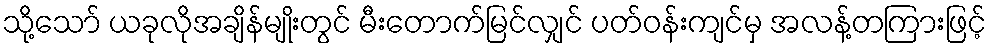
သို့သော် ယခုလိုအချိန်မျိုးတွင် မီးတောက်မြင်လျှင် ပတ်ဝန်းကျင်မှ အလန့်တကြားဖြင့်